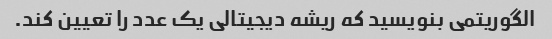
الگوریتمی بنویسید که ریشه دیجیتالی یک عدد را تعیین کند.